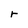
Character: r